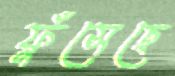
ফুঁসেছে